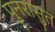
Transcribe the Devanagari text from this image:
पुनरासुत